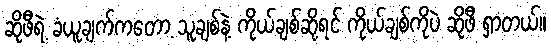
ဆိုဖီရဲ့ ခံယူချက်ကတော့ သူချစ်နဲ့ ကိုယ်ချစ်ဆိုရင် ကိုယ်ချစ်ကိုပဲ ဆိုဖီ ရှာတယ်။